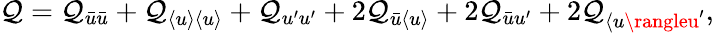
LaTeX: \mathcal{Q}=\mathcal{Q}_{\bar{{u}}\bar{{u}}}+\mathcal{Q}_{\langle{u}\rangle\langle{u}\rangle}+\mathcal{Q}_{u^{\prime}u^{\prime}}+2\mathcal{Q}_{\bar{{u}}\langle{u}\rangle}+2\mathcal{Q}_{\bar{{u}}u^{\prime}}+2\mathcal{Q}_{\langle{u}\rangleu^{\prime}},